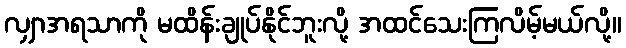
လျှာအရသာကို မထိန်းချုပ်နိုင်ဘူးလို့ အထင်သေးကြလိမ့်မယ်လို့။